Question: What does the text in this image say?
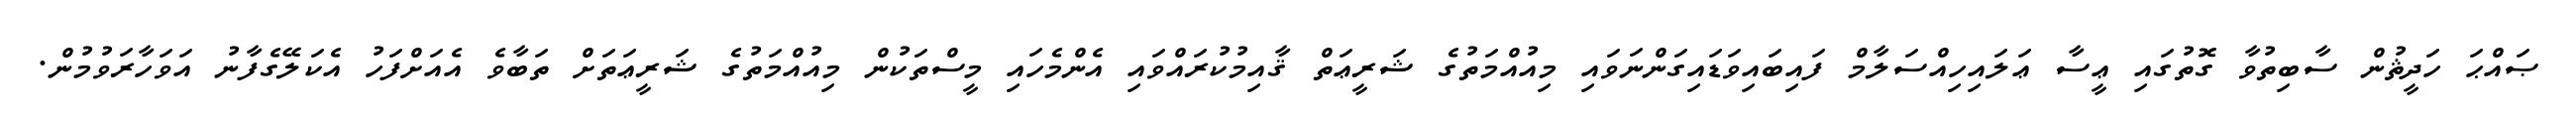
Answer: ޞައްޙަ ހަދީޘުން ސާބިތުވާ ގޮތުގައި ޢީސާ ޢަލައިހިއްސަލާމް ފައިބައިވަޑައިގަންނަވައި މިއުއްމަތުގެ ޝަރީޢަތް ޤާއިމުކުރައްވައި އެންމެހައި މީސްތަކުން މިއުއްމަތުގެ ޝަރީޢަތަށް ތަބާވެ އެއަށްފަހު އެކަލޭގެފާނު އަވަހާރަވުމުން.